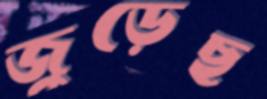
জুড়েছ